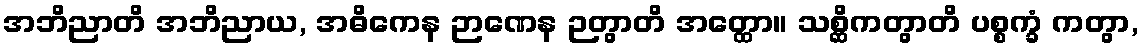
အဘိညာတိ အဘိညာယ, အဓိကေန ဉာဏေန ဉတွာတိ အတ္ထော။ သစ္ဆိကတွာတိ ပစ္စက္ခံ ကတွာ,